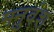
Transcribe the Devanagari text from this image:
मनुवंश